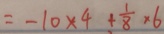
= - 1 0 \times 4 + \frac { 1 } { 8 } \times 6